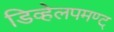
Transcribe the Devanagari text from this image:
डिव्हेलपमण्ट्